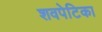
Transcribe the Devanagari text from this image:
शवपेटिका